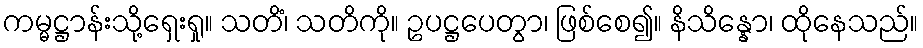
ကမ္မဋ္ဌာန်းသို့ရှေးရှု။ သတိံ၊ သတိကို။ ဥပဋ္ဌပေတွာ၊ ဖြစ်စေ၍။ နိသိန္နော၊ ထိုနေသည်။